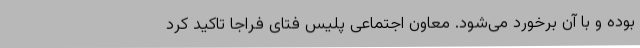
بوده و با آن برخورد می‌شود. معاون اجتماعی پلیس فتای فراجا تاکید کرد